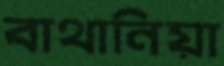
বাথানিয়া